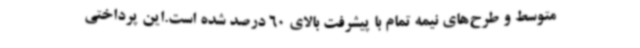
متوسط و طرح‌های نیمه تمام با پیشرفت بالای 60 درصد شده است.این پرداختی